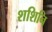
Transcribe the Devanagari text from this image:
शशिनि